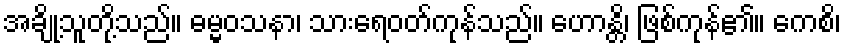
အချို့သူတို့သည်။ ဓမ္မဝသနာ၊ သားရေဝတ်ကုန်သည်။ ဟောန္တိ၊ ဖြစ်ကုန်၏။ ကေစိ၊